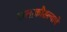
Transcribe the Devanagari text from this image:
कलाकौशल्याचे